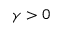
\gamma > 0